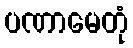
ပဏာမေတုံ